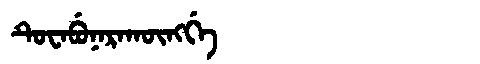
Manchu: ᡨᡠᠸᠠᠪᡠᠨᠠᡵᠠᡴᡡᠩᡤᡝ
Romanization: TUWABUNARAKŪNGGE